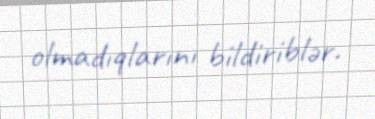
olmadıqlarını bildiriblər.